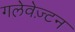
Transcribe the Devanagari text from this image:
गलेवेज़्टन